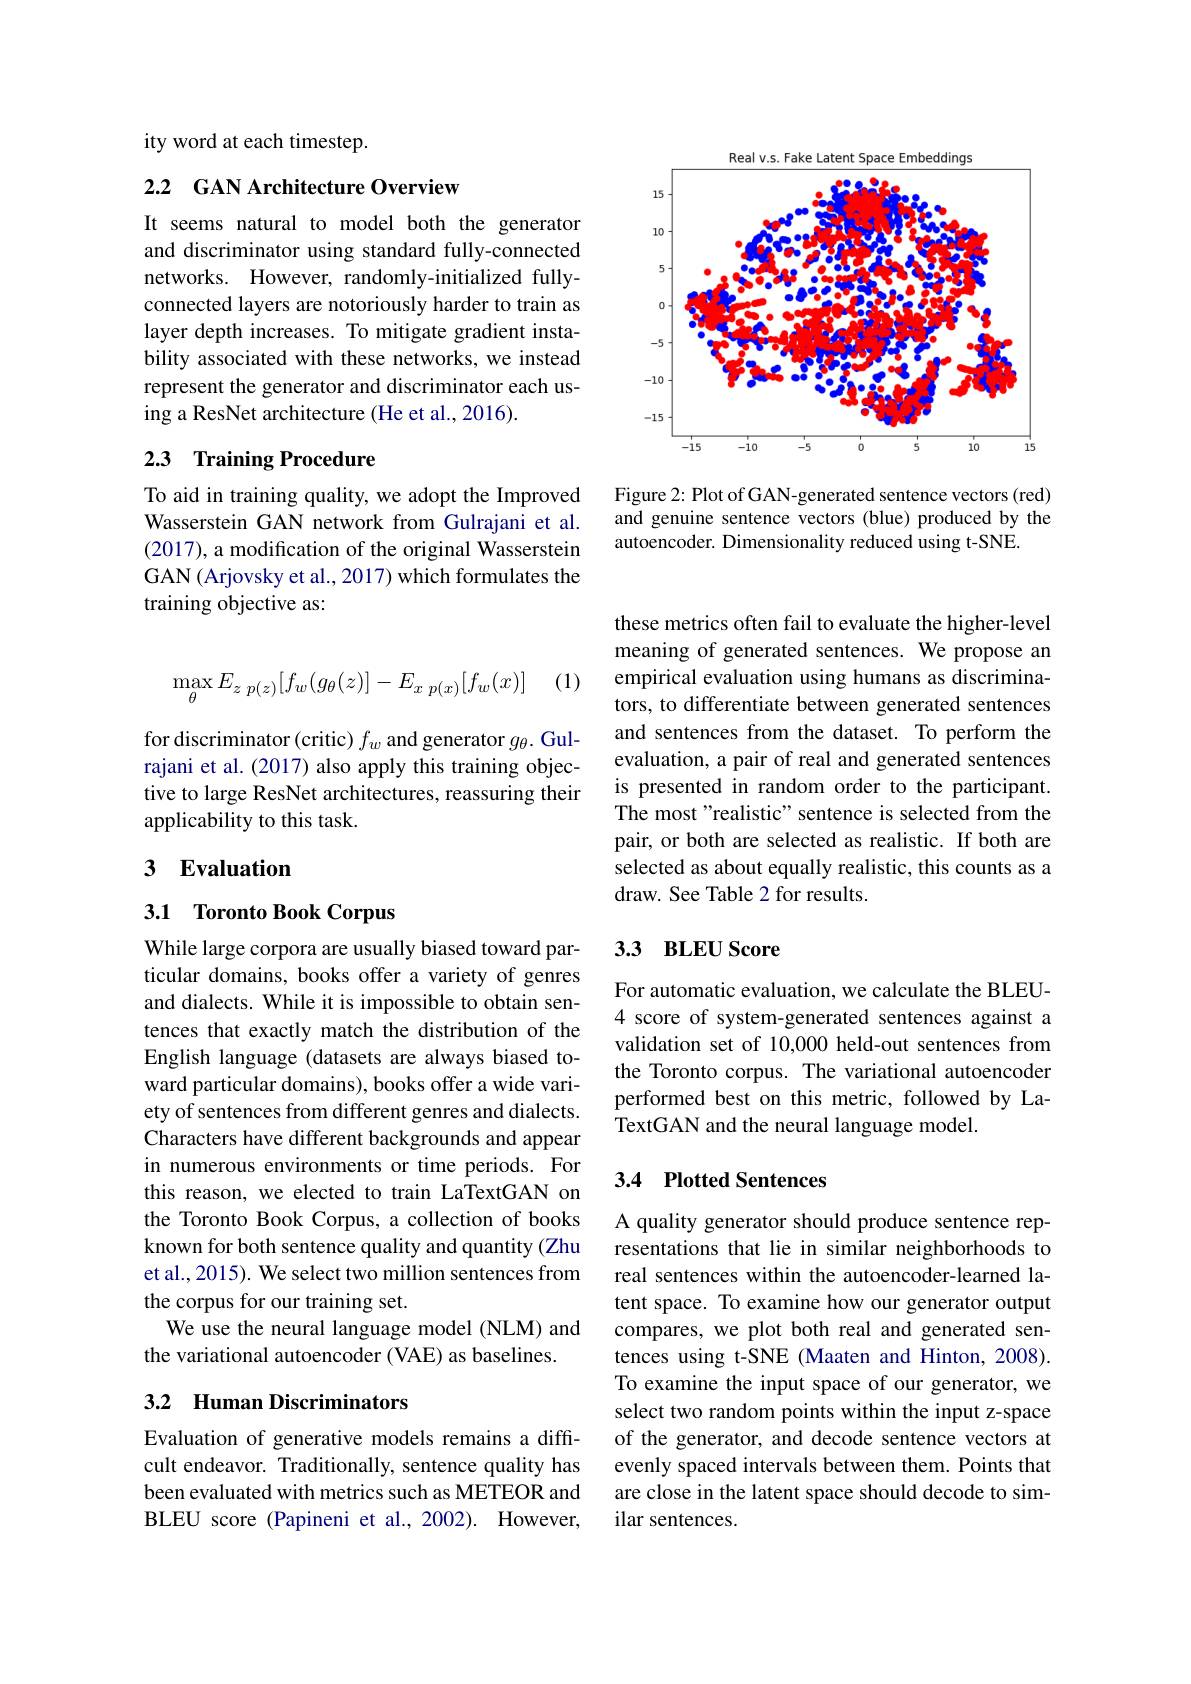
<FigureHere>

Figure 2: Plot of GAN-generated sentence vectors (red) and genuine sentence vectors (blue) produced by the autoencoder. Dimensionality reduced using t-SNE.

ity word at each timestep.

### 2.2 GAN Architecture Overview

It seems natural to model both the generator and discriminator using standard fully-connected networks. However, randomly-initialized fullyconnected layers are notoriously harder to train as layer depth increases. To mitigate gradient instability associated with these networks, we instead represent the generator and discriminator each using a ResNet architecture (He et al., 2016).

## 2.3 Training Procedure

To aid in training quality, we adopt the Improved Wasserstein GAN network from Gulrajani et al. (2017), a modification of the original Wasserstein GAN (Arjovsky et al., 2017) which formulates the training objective as:
$$\max_{\theta}E_{z\:p(z)}[f_w(g_\theta(z)]-E_{x\:p(x)}[f_w(x)]$$
(1)

for discriminator (critic) $f_w$ and generator $g_\theta.$ Gulrajani et al. (2017) also apply this training objective to large ResNet architectures, reassuring their applicability to this task.

## 3 Evaluation

## 3.1 Toronto Book Corpus

While large corpora are usually biased toward particular domains, books offer a variety of genres and dialects. While it is impossible to obtain sentences that exactly match the distribution of the English language (datasets are always biased toward particular domains), books offer a wide variety of sentences from different genres and dialects. Characters have different backgrounds and appear in numerous environments or time periods. For this reason, we elected to train LaTextGAN on the Toronto Book Corpus, a collection of books known for both sentence quality and quantity (Zhu et al., 2015). We select two million sentences from the corpus for our training set.
We use the neural language model (NLM) and
the variational autoencoder (VAE) as baselines.

## 3.2 Human Discriminators

Evaluation of generative models remains a difficult endeavor. Traditionally, sentence quality has been evaluated with metrics such as METEOR and BLEU score (Papineni et al., 2002). However,

these metrics often fail to evaluate the higher-level meaning of generated sentences. We propose an empirical evaluation using humans as discriminators, to differentiate between generated sentences and sentences from the dataset. To perform the evaluation, a pair of real and generated sentences is presented in random order to the participant. The most"realistic" sentence is selected from the pair, or both are selected as realistic. If both are selected as about equally realistic, this counts as a draw. See Table 2 for results.

## 3.3 BLEU Score

For automatic evaluation, we calculate the BLEU- 4 score of system-generated sentences against a validation set of 10,000 held-out sentences from the Toronto corpus. The variational autoencoder performed best on this metric, followed by LaTextGAN and the neural language model.

## 3.4 Plotted Sentences

A quality generator should produce sentence representations that lie in similar neighborhoods to real sentences within the autoencoder-learned latent space. To examine how our generator output compares, we plot both real and generated sentences using t-SNE (Maaten and Hinton, 2008). To examine the input space of our generator, we select two random points within the input z-space of the generator, and decode sentence vectors at evenly spaced intervals between them. Points that are close in the latent space should decode to similar sentences.